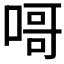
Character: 𠹭